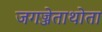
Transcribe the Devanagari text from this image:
जगज्जेताथोता